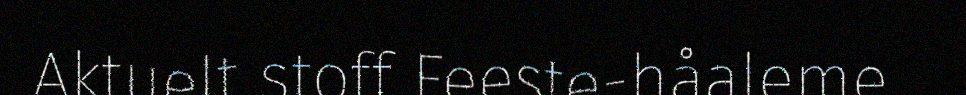
Aktuelt stoff Feeste-håaleme